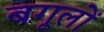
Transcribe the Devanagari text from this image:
बगूलों